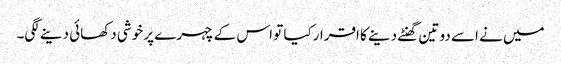
میں نے اسے دو تین گھنٹے دینے کا اقرارکیا تو اس کے چہرے پر خوشی دکھائی دینے لگی۔